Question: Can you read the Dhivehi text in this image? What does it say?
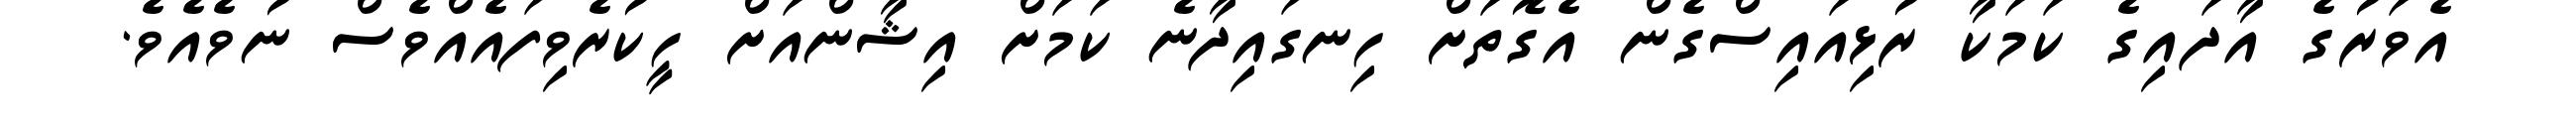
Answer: އެވަރުގެ އާދައިގެ ކަމަކާ ރުޅިއައިސްގެން އެގޮތަށް ހިނގައިދާނެ ކަމަށް އިޝާންއަށް ހީކުރެވިފައެއްވެސް ނުވެއެވެ.